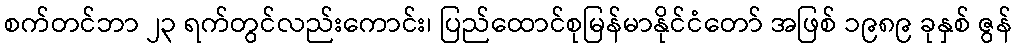
စက်တင်ဘာ ၂၃ ရက်တွင်လည်းကောင်း၊ ပြည်ထောင်စုမြန်မာနိုင်ငံတော် အဖြစ် ၁၉၈၉ ခုနှစ် ဇွန်